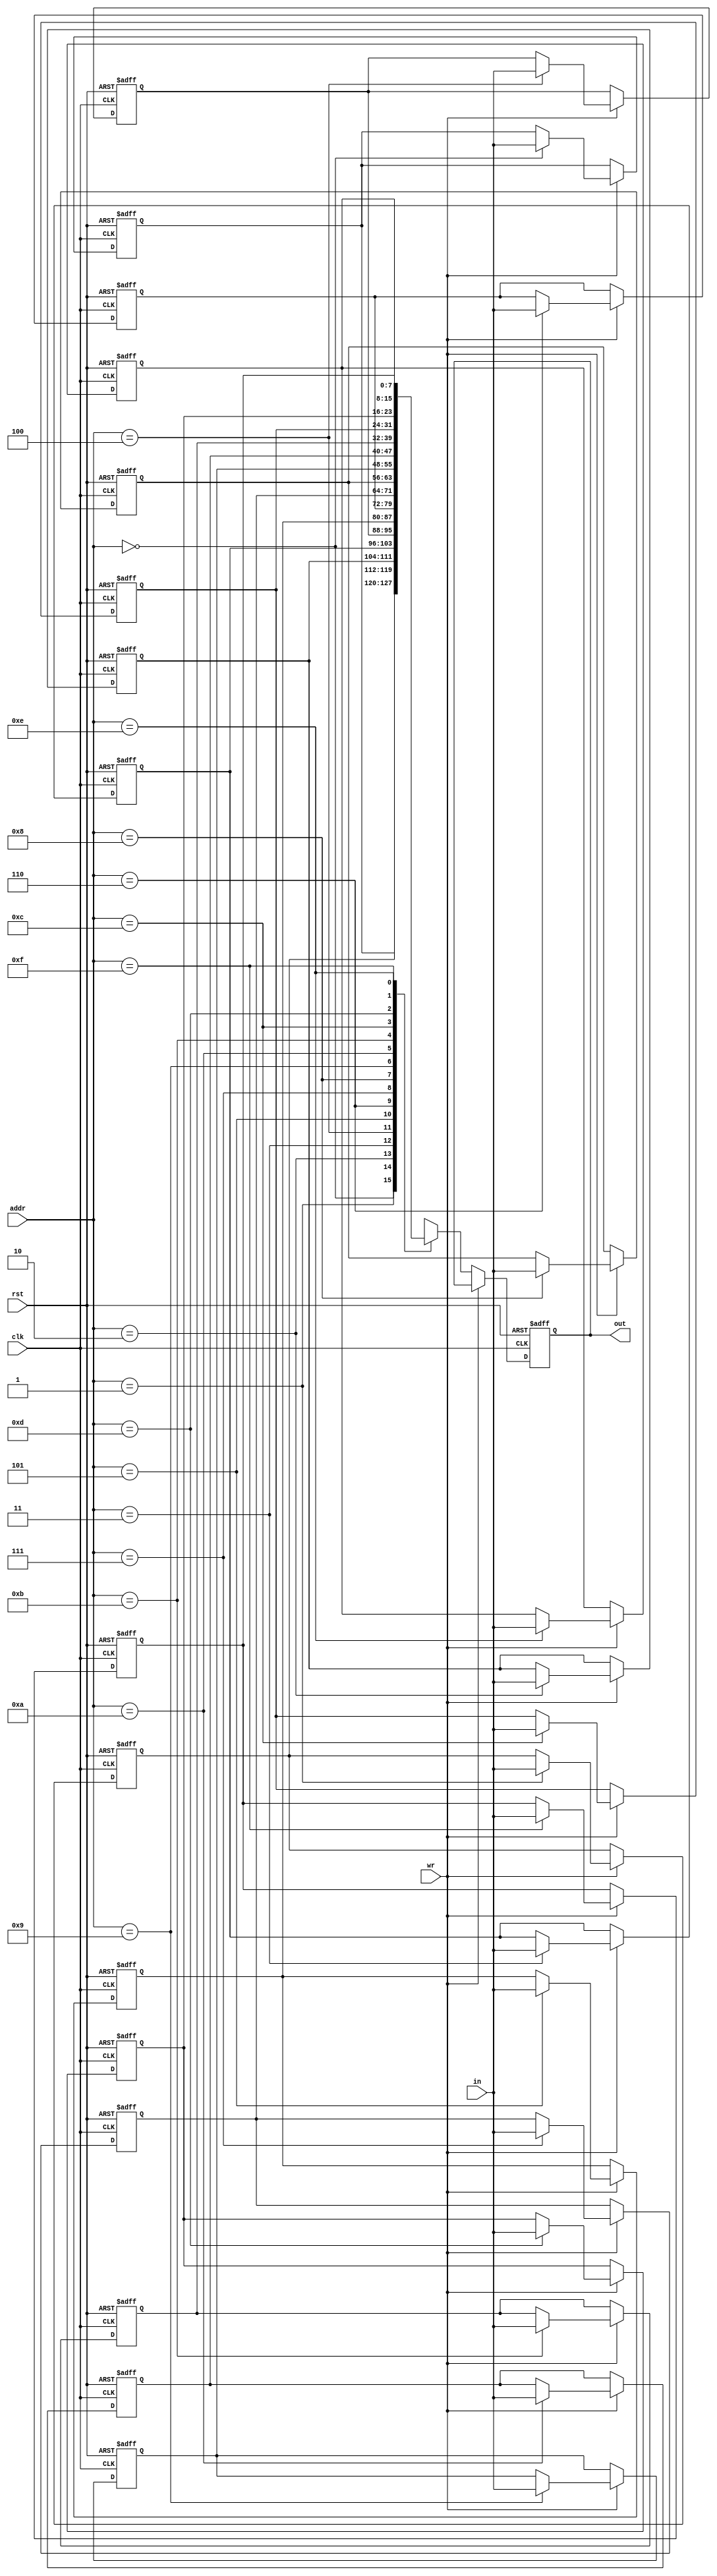
module MIX_COL_mem (clk,rst,addr,in,wr,out);
input clk,rst,wr;
input [3:0] addr;
input [7:0] in;
output reg [7:0] out;

reg [7:0] ram[0:15];
integer i;
always @ (posedge clk or negedge rst)
	begin	
	 if (!rst)
		begin
			out<=0;
			for (i=0;i<=15;i=i+1)
				ram[i]<=0;
		end	
	else
		begin
		if(wr)
			ram[addr]<=in;
		else 
			out<=ram[addr];
		end	
	end

endmodule